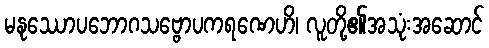
မနုဿောပဘောဂသဗ္ဗောပကရဏေဟိ၊ လူတို့၏အသုံးအဆောင်